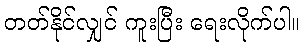
တတ်နိုင်လျှင် ကူးပြီး ရေးလိုက်ပါ။